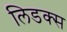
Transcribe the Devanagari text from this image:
लिडक्स